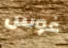
غوس